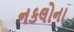
નકલોના